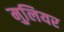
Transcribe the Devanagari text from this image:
मुलियर